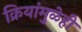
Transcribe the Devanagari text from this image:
क्रियांमुळेही